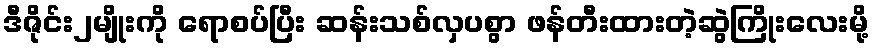
ဒီဇိုင်း၂မျိုးကို ရောစပ်ပြီး ဆန်းသစ်လှပစွာ ဖန်တီးထားတဲ့ဆွဲကြိုးလေးမို့